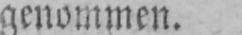
genommen.